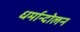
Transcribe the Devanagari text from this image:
धर्मान्दोलन